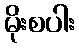
မိုးစပါး